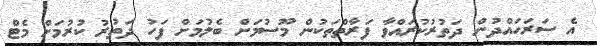
އެ ސަރަހައްދުން ދަތުރުކުރައްވާ ފަރާތްތަކުން މޫސުމަށް ބެލުމަށް ފަހު ދަތުރު ކުރުމަށް މެޓް